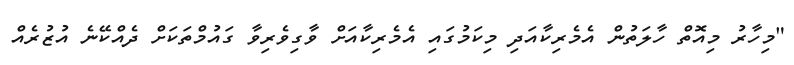
"މިހާރު މިއޮތް ހާލަތުން އެމެރިކާއަދި މިކަމުގައި އެމެރިކާއަށް ވާގިވެރިވާ ގައުމްތަކަށް ދެއްކޭނެ އުޒުރެއް